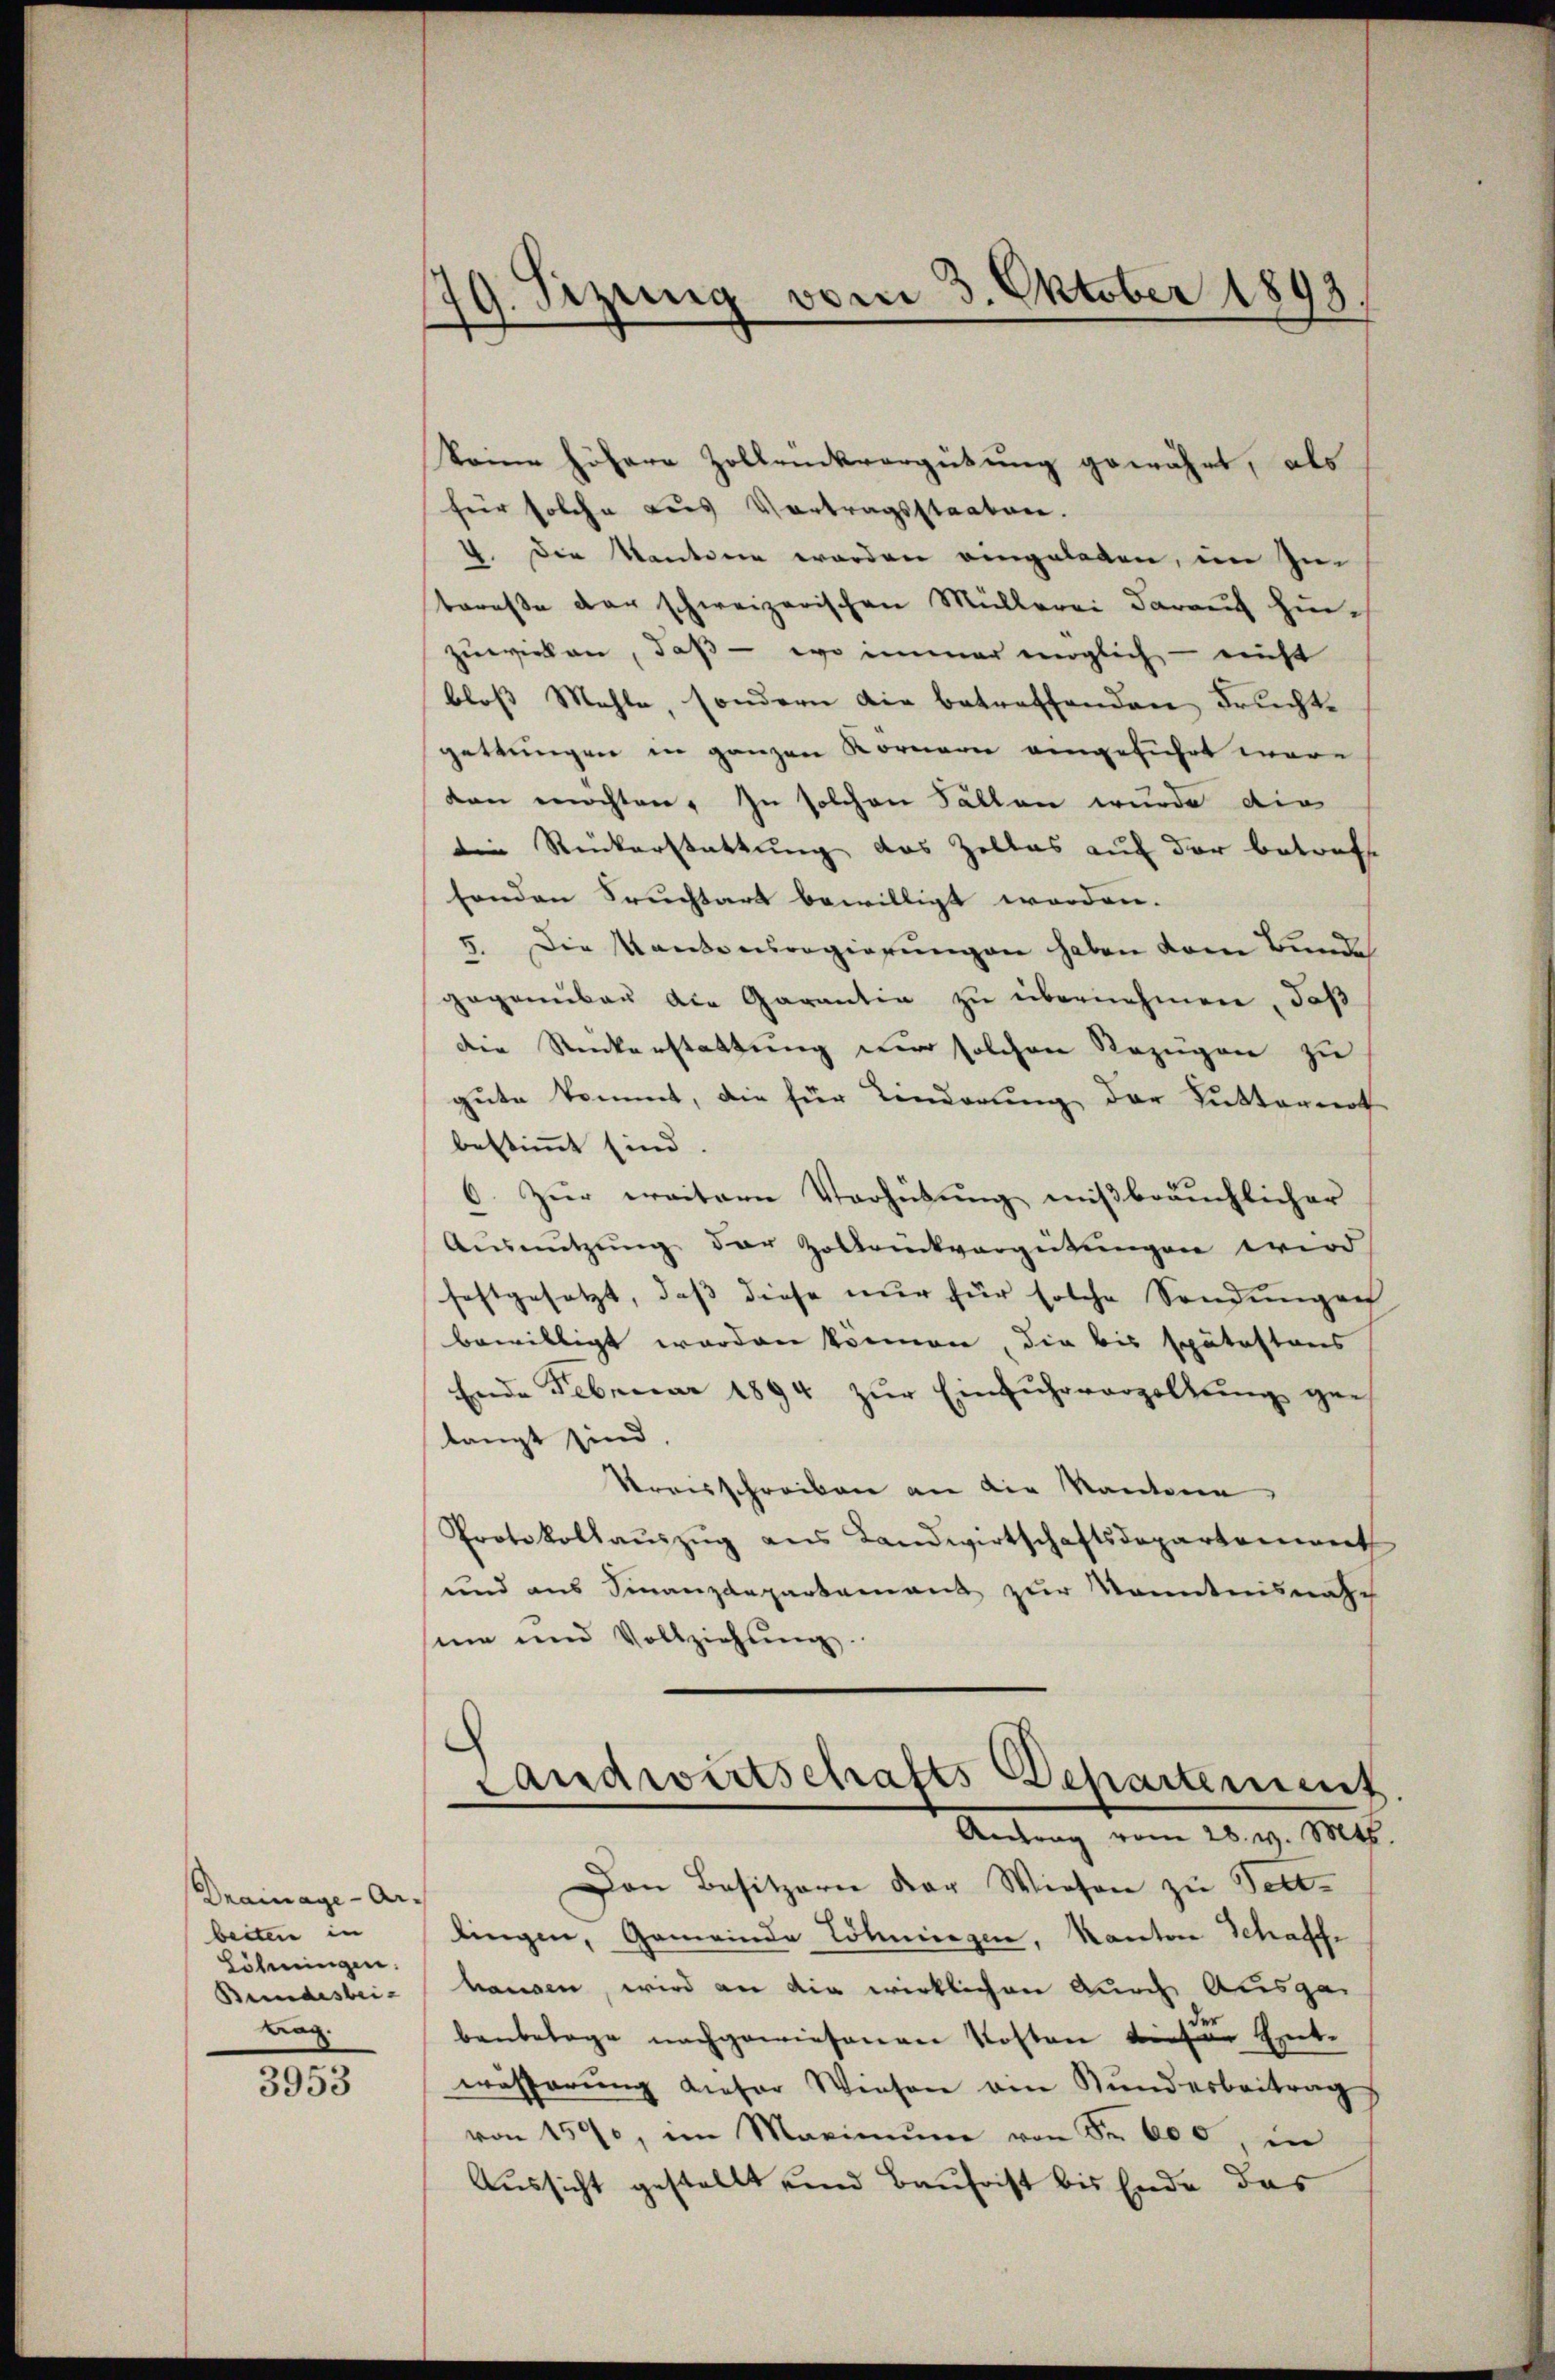
Drainage-Arbeiten in
Löhnungen.
Bundesbei¬
Bag.

3953

keine höhere Zollrückvergütung gewährt, als
für solche aus Vortragsstaaten.
4. Die kantonen worden eingelegen, in Zutereße der schweizerischen Müllerei darauf hinzuwirken, daß - wo immer möglich - nicht
bloß Mehle, sondern die betreffenden Fruchte
gettungen in ganzen Kornern eingeführt ware
ten möchten. In solchen Fällen wurde die
die Rückerstattung das Zelles auf der betreff
senden Fruchtars bewilligt worden.
5. Die Taube eisregierungen haben vom Bunde
gegenüber die Garantia zu übernehmen, daß
Die Ruckerstattung nur solchen Bezugen zu
gute kommt, die für Kinderung der Kutternoth
bestimmt sind
6. Zŭr weitern Verhütung mißbräuchlicher
Aŭsnŭtzŭng der Zoldrückvergütŭngen wird
festgesetzt, daß diese nur für solche Sendungen
bewilligt worden können, die bis spätestens
Ende Februar 1894 zŭr Einfuhrverzollŭng ger
langt sind
Streisschreiben an die Kantone,
Protokollaŭszŭg ans Landwirtschaftsdepartement
und aus Finanzdepartement zur Kenntnisnach
sinn und Vollziehung

79. Sezung vom 3. Oktober 1893.

Landwirtschafts-Departement.
Antrag vom 28. v. Mts.

Den Besitzern der Wiesen zu Tettlingen, Gemeinde Löhningen, Kanton Schaffe
hausen, wird an die wirklichen durch Ausga
benbelage nachgewiesenen Kosten diese Entwässerŭng dieser Wiesen ein Kundesbeitrag
von 1590, im Maximŭm von Fr. 600, in
Aussicht gestellt und Baufrist bis Ende das